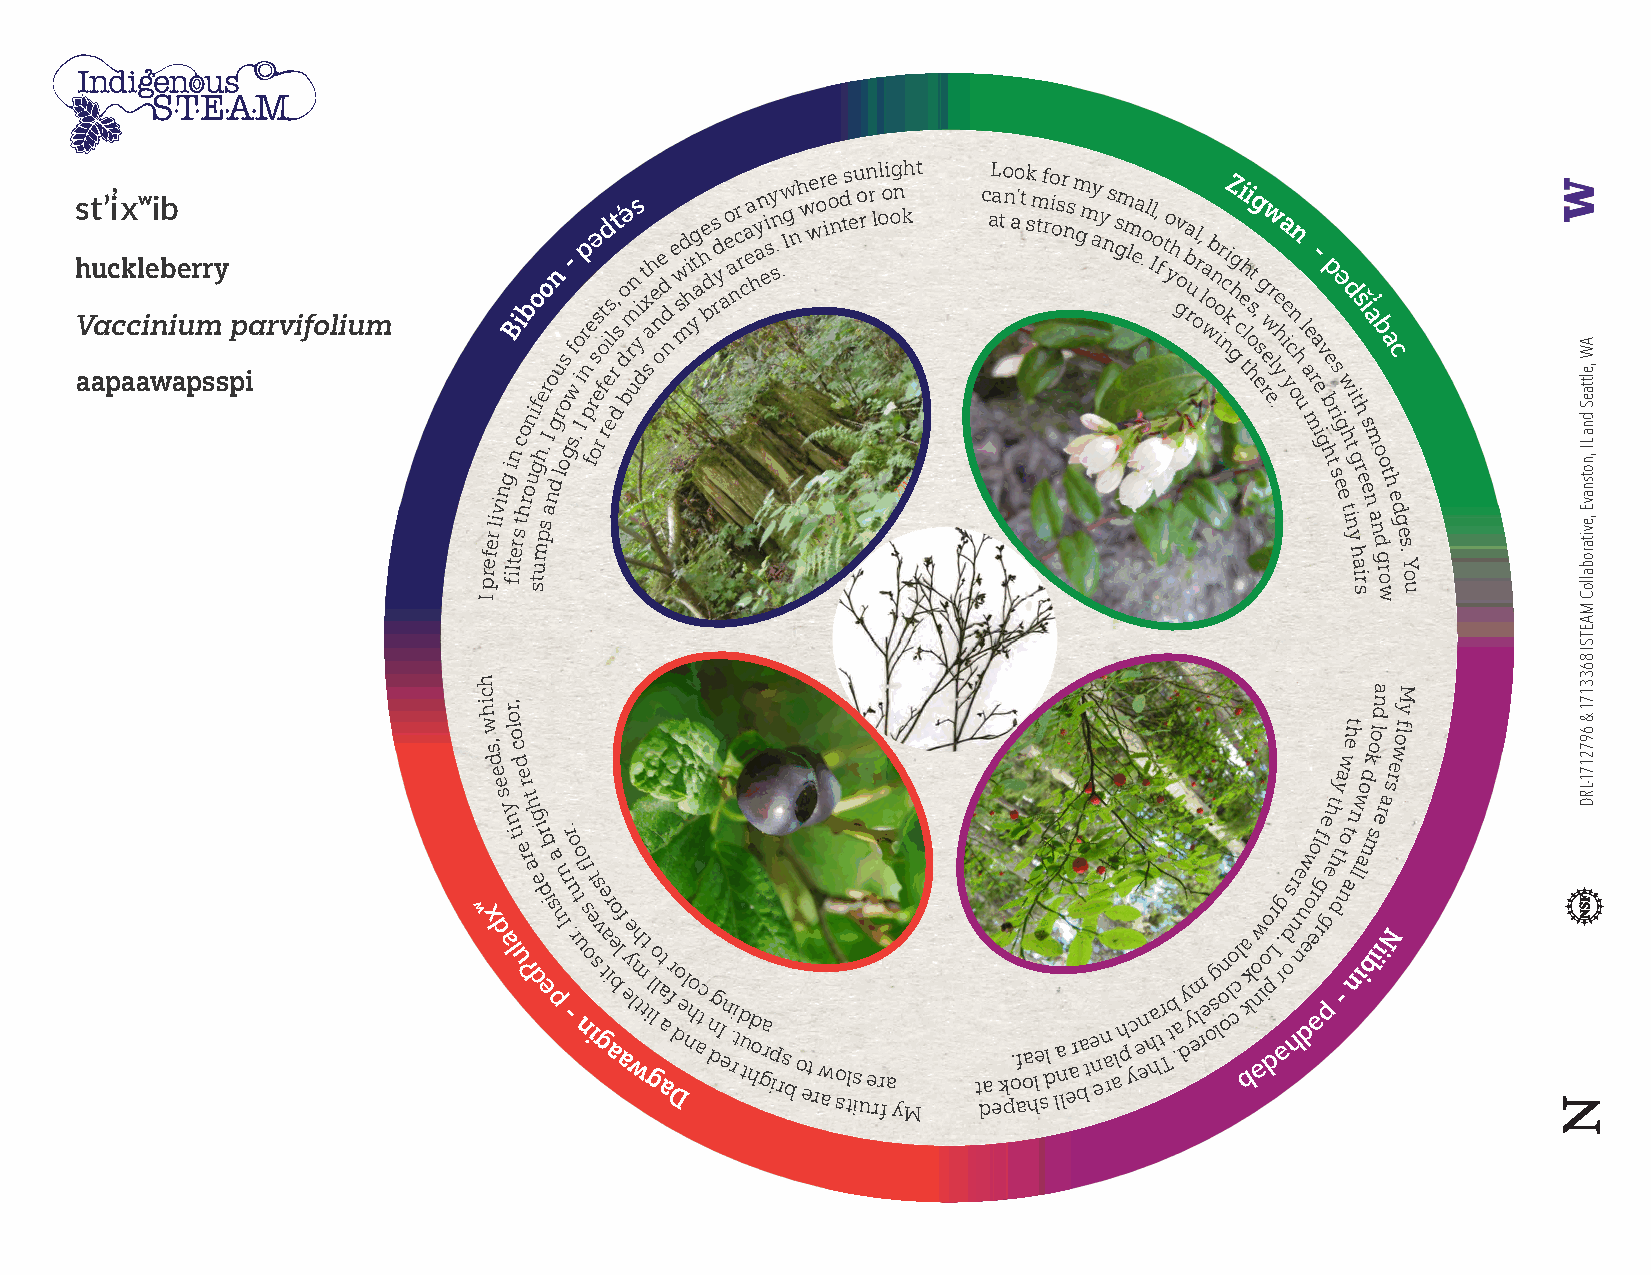
s h V at au a’ p̓ ci cx ak c alʷ ie wni bb i ae u pr mr sy s pp iarvifolium
 I
 prefer
 living
 i
 filteB
 n
 r s
 i
 tc hro
 ob
 n ui
 stugfo
 mh pe .
 s
 aro
 I
 no
 dg
 ln ru
 o
 os
 g
 - sf
 w .
 Iio rp n
 p f
 re os rə es
 f
 rot i eed s l r,
 d
 t ̕ s d boə r umn ys i d t sx a h e one d nd e sw md i h ytg ahe bd rs yd ao e a nr c r ca ea hy an ei sy .n s .w Ig n h w we or ie o n d ts e u o rn r l ol oi og n kh t c aL a to n ao ’t k s m t f ro i osr ns m g m y ay n s s gm m lea .o l Il o f, to yh gv o ba ru orl l, wa ob n o ir nc kZ i ghg c i eh tli hostg
 e
 s, g rw ew er l .yhea e i yc on n h
 u
 l ae
 m
 r- a
 e i g
 v hp be
 tr
 ss iə
 eg ew h
 d
 t
 it ni ygt
 hs
 ah
 ir
 r s
 e
 i e̓ sa
 nm
 ab
 no
 d
 go
 r
 oa
 wt
 hc
 e
 d
 g
 e s
 .
 Y
 o
 u
 h
 c
 i h
 w
 ,s
 d
 e
 ,r
 o lo
 c
 d
 e
 aw
 eht
 d
 kool
 dna
 rewolf
 yM
 er                                                      y o s
 ʷ x
 ds
 a
 y n li ut e r
 ʔ
 t
 ah
 d
 g ei dr eb i s pa n n Ir.
 -
 r .uo
 r
 o t
 u n
 l sf
 o
 e it ss gv e tar
 i ae
 bo
 l
 af eye
 wlmh ttt g i lo ll at a a fr Dd o el nho atc n dg I en . ri t d u thd o ga rp irs b o et r w a o stls iu e rr fa yM t da e k po. af oa hle sdl la n l ear b a t e n en a r l ah p yc e en h ha tr Tt b . a dy y elm r e osg lon olo ccl a bkk o n
 əw ioo
 p
 dr
 L .
 rg
 ə
 d os r hne nu dew oo r el əf r g e g pe
 ht
 h dt
 -
 n ot a n l
 nlw
 ia bms
 i
 iera
 N
 AW ,elttaeS
 dna LI ,notsnavE
 ,evitaroballoC
 MAETSI
 8633171
 & 6972171-LRD